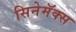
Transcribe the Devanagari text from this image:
सिनेमॅक्स